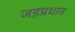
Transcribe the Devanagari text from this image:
जड़प्रधान